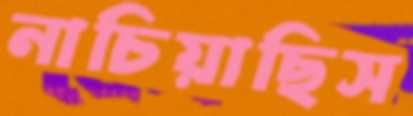
নাচিয়াছিস